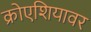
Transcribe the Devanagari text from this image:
क्रोएशियावर